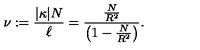
\nu : = \frac { | \kappa | N } { \ell } = \frac { \frac { N } { R ^ { 2 } } } { \left( 1 - \frac { N } { R ^ { 2 } } \right) } .